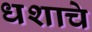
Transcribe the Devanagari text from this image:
धशाचे